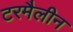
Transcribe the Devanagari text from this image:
टरमैलीन